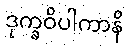
ဒုက္ခဝိပါကာနိ